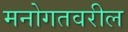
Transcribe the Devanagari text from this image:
मनोगतवरील